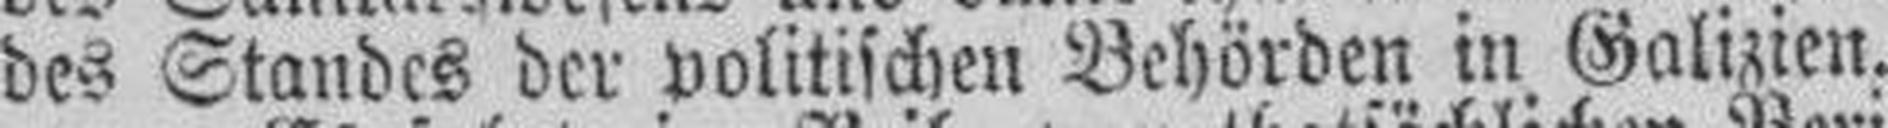
des Standes der politischen Behörden in Galizien.